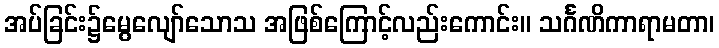
အပ်ခြင်း၌မွေလျော်သောသ အဖြစ်ကြောင့်လည်းကောင်း။ သင်္ဂဏိကာရာမတာ၊